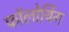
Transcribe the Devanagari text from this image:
फॉलोयिंग